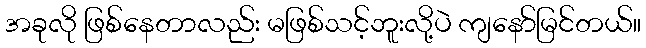
အခုလို ဖြစ်နေတာလည်း မဖြစ်သင့်ဘူးလို့ပဲ ကျနော်မြင်တယ်။